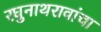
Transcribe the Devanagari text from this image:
रघुनाथरावांचा